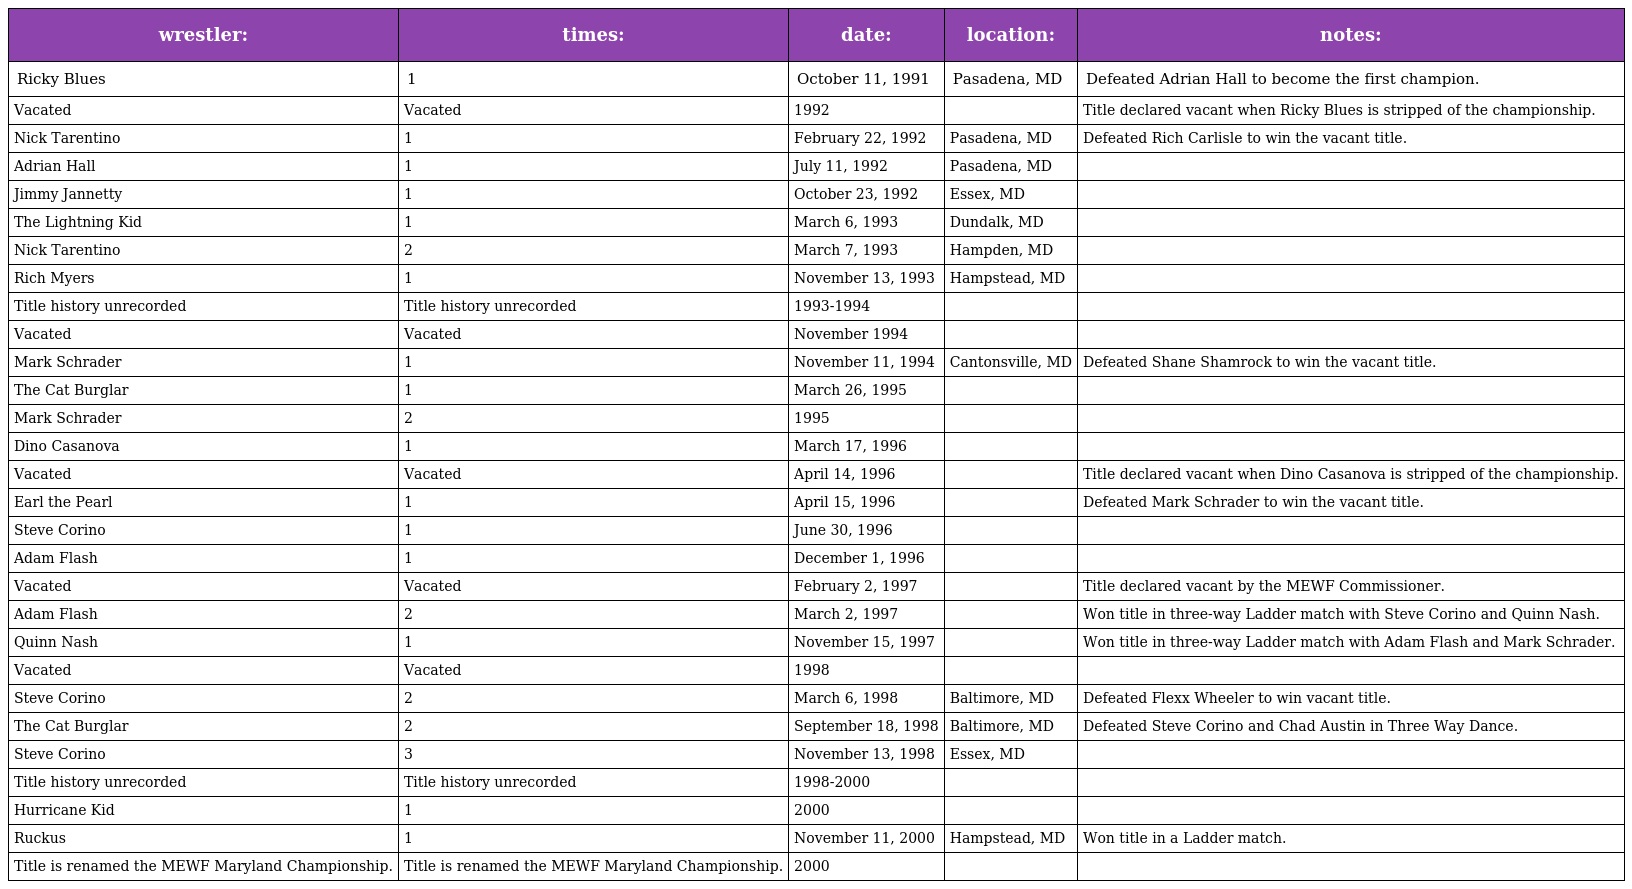
| wrestler: | times: | date: | location: | notes: |
 | --- | --- | --- | --- | --- |
 | Ricky Blues | 1 | October 11, 1991 | Pasadena, MD | Defeated Adrian Hall to become the first champion. |
 | Vacated | Vacated | 1992 |  | Title declared vacant when Ricky Blues is stripped of the championship. |
 | Nick Tarentino | 1 | February 22, 1992 | Pasadena, MD | Defeated Rich Carlisle to win the vacant title. |
 | Adrian Hall | 1 | July 11, 1992 | Pasadena, MD |  |
 | Jimmy Jannetty | 1 | October 23, 1992 | Essex, MD |  |
 | The Lightning Kid | 1 | March 6, 1993 | Dundalk, MD |  |
 | Nick Tarentino | 2 | March 7, 1993 | Hampden, MD |  |
 | Rich Myers | 1 | November 13, 1993 | Hampstead, MD |  |
 | Title history unrecorded | Title history unrecorded | 1993-1994 |  |  |
 | Vacated | Vacated | November 1994 |  |  |
 | Mark Schrader | 1 | November 11, 1994 | Cantonsville, MD | Defeated Shane Shamrock to win the vacant title. |
 | The Cat Burglar | 1 | March 26, 1995 |  |  |
 | Mark Schrader | 2 | 1995 |  |  |
 | Dino Casanova | 1 | March 17, 1996 |  |  |
 | Vacated | Vacated | April 14, 1996 |  | Title declared vacant when Dino Casanova is stripped of the championship. |
 | Earl the Pearl | 1 | April 15, 1996 |  | Defeated Mark Schrader to win the vacant title. |
 | Steve Corino | 1 | June 30, 1996 |  |  |
 | Adam Flash | 1 | December 1, 1996 |  |  |
 | Vacated | Vacated | February 2, 1997 |  | Title declared vacant by the MEWF Commissioner. |
 | Adam Flash | 2 | March 2, 1997 |  | Won title in three-way Ladder match with Steve Corino and Quinn Nash. |
 | Quinn Nash | 1 | November 15, 1997 |  | Won title in three-way Ladder match with Adam Flash and Mark Schrader. |
 | Vacated | Vacated | 1998 |  |  |
 | Steve Corino | 2 | March 6, 1998 | Baltimore, MD | Defeated Flexx Wheeler to win vacant title. |
 | The Cat Burglar | 2 | September 18, 1998 | Baltimore, MD | Defeated Steve Corino and Chad Austin in Three Way Dance. |
 | Steve Corino | 3 | November 13, 1998 | Essex, MD |  |
 | Title history unrecorded | Title history unrecorded | 1998-2000 |  |  |
 | Hurricane Kid | 1 | 2000 |  |  |
 | Ruckus | 1 | November 11, 2000 | Hampstead, MD | Won title in a Ladder match. |
 | Title is renamed the MEWF Maryland Championship. | Title is renamed the MEWF Maryland Championship. | 2000 |  |  |